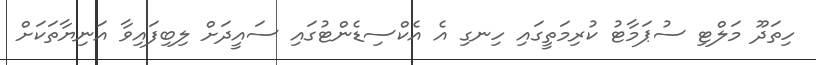
ހިތަދޫ މަލްޓި ސުޕަމާޓު ކުރިމަތީގައި ހިނގި އެ އެކްސިޑެންޓުގައި ސައީދަށް ލިބިފައިވާ އަނިޔާތަކަށް